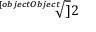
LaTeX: \sqrt [ [object Object] ] { 2 }